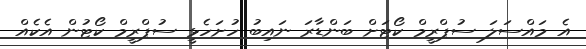
އެ މައްސަލަ ސުޕްރީމް ކޯޓަށް ބަންޑާރަ ނައިބު ހުށަހެޅީ ސުޕްރީމް ކޯޓުން އެކެއް